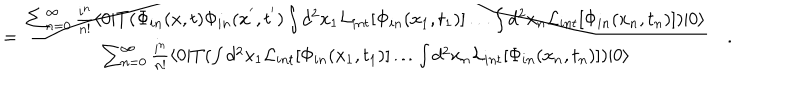
= \frac { \sum _ { n = 0 } ^ { \infty } \frac { i ^ { n } } { n ! } \langle 0 | T ( \Phi _ { i n } ( x , t ) \Phi _ { i n } ( x ^ { ' } , t ^ { ' } ) \int d ^ { 2 } x _ { 1 } { \cal L } _ { i n t } [ \Phi _ { i n } ( x _ { 1 } , t _ { 1 } ) ] \dots \int d ^ { 2 } x _ { n } { \cal L } _ { i n t } [ \Phi _ { i n } ( x _ { n } , t _ { n } ) ] ) | 0 \rangle } { \sum _ { n = 0 } ^ { \infty } \frac { i ^ { n } } { n ! } \langle 0 | T ( \int d ^ { 2 } x _ { 1 } { \cal L } _ { i n t } [ \Phi _ { i n } ( x _ { 1 } , t _ { 1 } ) ] \dots \int d ^ { 2 } x _ { n } { \cal L } _ { i n t } [ \Phi _ { i n } ( x _ { n } , t _ { n } ) ] ) | 0 \rangle } \quad .